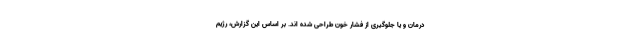
درمان و یا جلوگیری از فشار خون طراحی شده اند. بر اساس این گزارش، رژیم